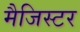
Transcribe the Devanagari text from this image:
मैजिस्टर